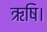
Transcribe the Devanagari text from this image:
ऋषि।